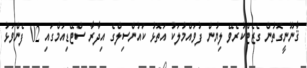
ޤާނޫނީގޮތުން ގެޒެޓްކުރެވޭ ލިޔުން ފުވައްމުލަކު އަތޮޅު ކައުންސިލްގެ އިދާރާ ސްޓޭޑިއަމްގައި 02 ފެންވަޅު